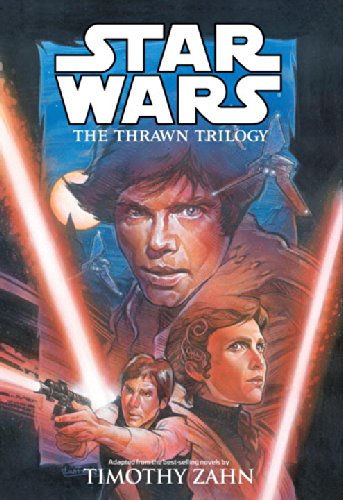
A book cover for Star Wars: The Thrawn Trilogy; Timothy Zahn; Comics & Graphic Novels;